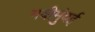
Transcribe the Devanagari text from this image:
नवीमुंबई